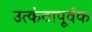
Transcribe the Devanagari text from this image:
उत्कंठापूर्वक